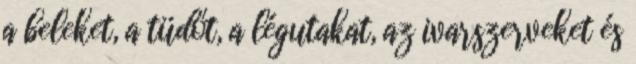
a beleket, a tüdőt, a légutakat, az ivarszerveket és